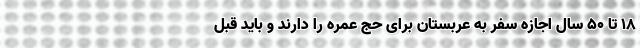
18 تا 50 سال اجازه سفر به عربستان برای حج عمره را دارند و باید قبل